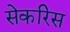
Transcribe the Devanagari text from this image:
सेकरिस